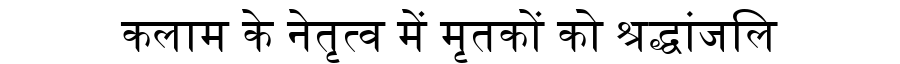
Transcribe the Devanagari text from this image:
कलाम के नेतृत्व में मृतकों को श्रद्धांजलि